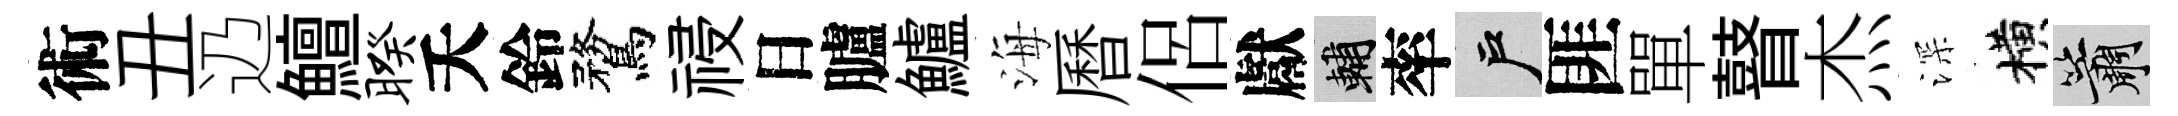
術丑辸鱣暌夭鈴鶩祲日臚鱸海曆侶獻輔率户匪單瞽杰深横簫